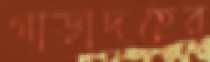
গাড়াদহের